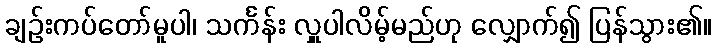
ချဉ်းကပ်တော်မူပါ၊ သင်္ကန်း လှူပါလိမ့်မည်ဟု လျှောက်၍ ပြန်သွား၏။